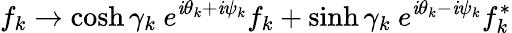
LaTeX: f_{k}\rightarrow\cosh\gamma_{k}\ e^{\mathit{i}\theta_{k}+\mathit{i}\psi_{k}}f_{k}+\sinh\gamma_{k}\ e^{\mathit{i}\theta_{k}-\mathit{i}\psi_{k}}f_{k}^{*}